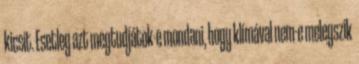
kicsit. Esetleg azt megtudjátok-e mondani, hogy klímával nem-e melegszik